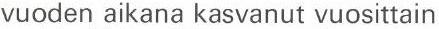
vuoden aikana kasvanut vuosittain